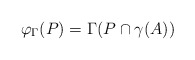
\begin{align*} \varphi_\Gamma(P)=\Gamma(P\cap \gamma(A)) \end{align*}